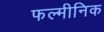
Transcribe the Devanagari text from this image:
फल्मीनिक